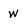
Character: w